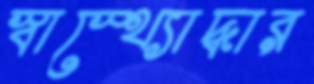
স্বাস্থ্যোদ্ধার